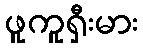
ဖူကူရှီးမား